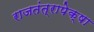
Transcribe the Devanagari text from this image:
राजतंत्रापेक्षा